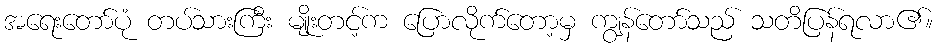
အရေးတော်ပုံ တပ်သားကြီး မျိုးတင့်က ပြောလိုက်တော့မှ ကျွန်တော်သည် သတိပြန်ရလာ၏။